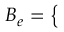
B _ { e } = \left\{ \begin{array} { l l } { \begin{array} { r l r } \end{array} } \end{array} \right.